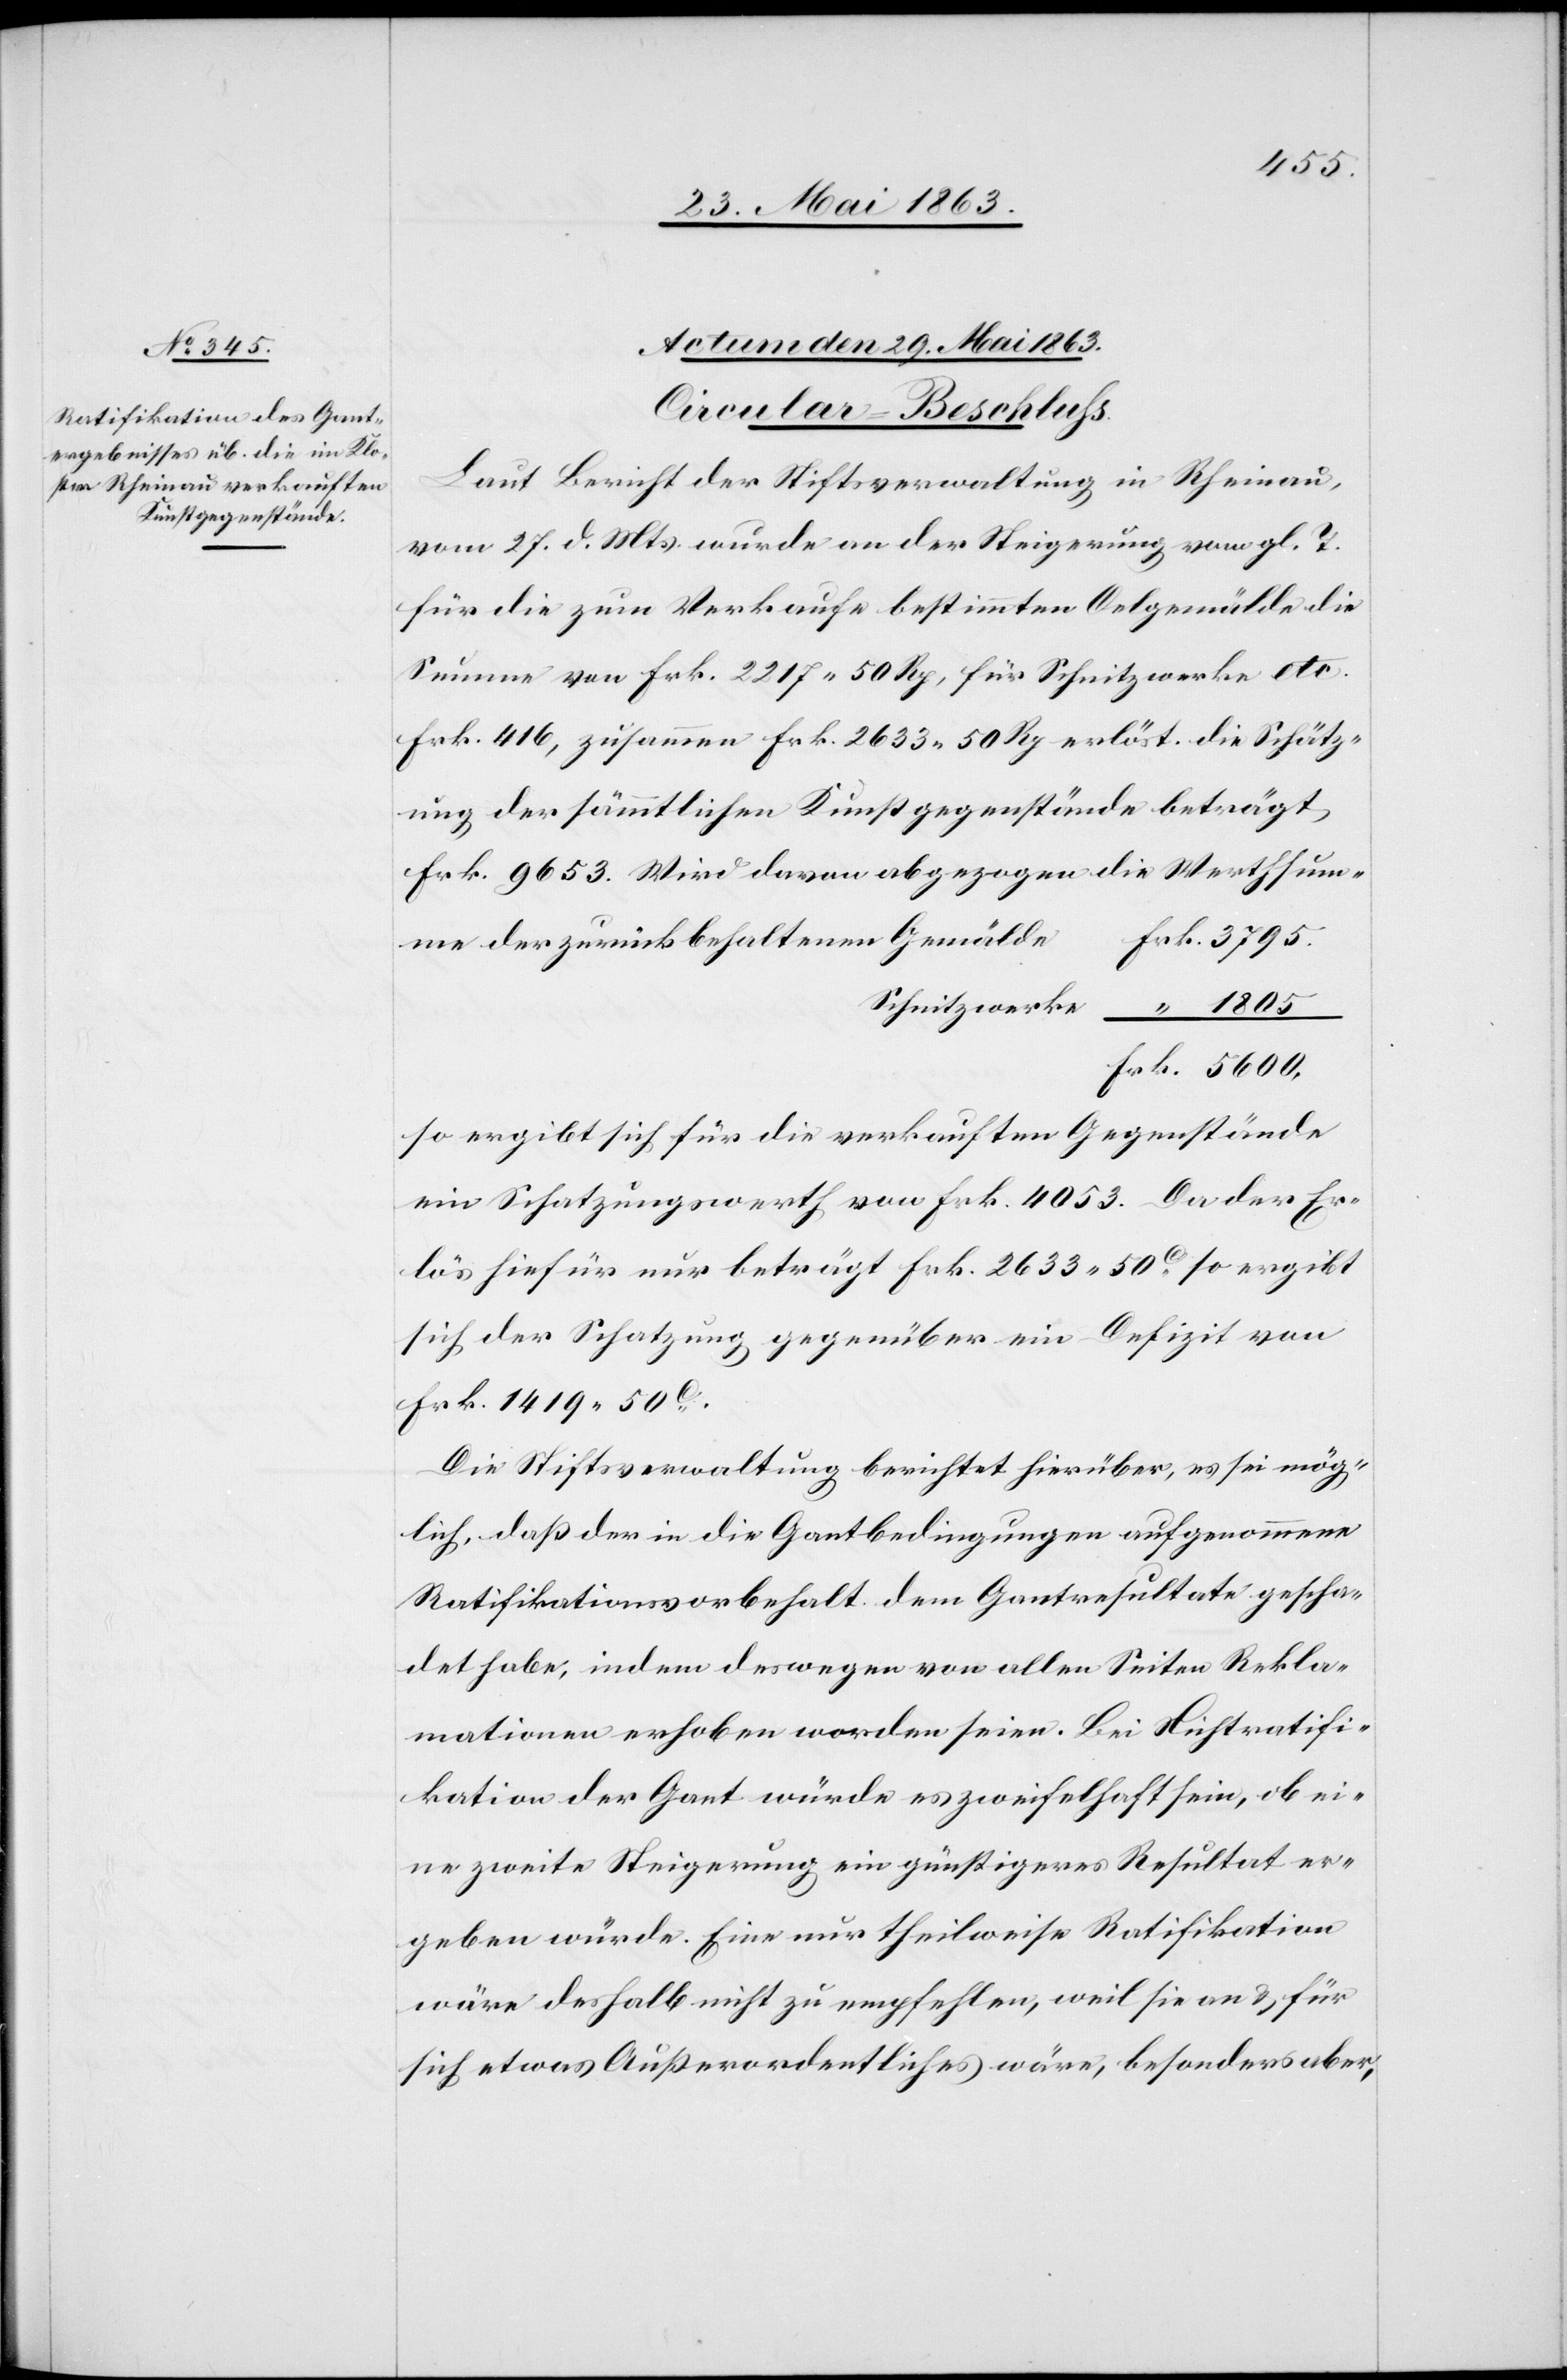
Actum den 29. Mai 1863.
Circular-Beschluß.
Laut Bericht der Stiftsverwaltung in Rheinau,
vom 27. d. Mts. wurde an der Steigerung vom gl. T.
für die zum Verkaufe bestimmten Oelgemälde die
Summe von Frk. 2217. 50 Rp, für Schnitzwerke etc.
Frk. 416, zusammen Frk. 2633. 50 Rp erlöst. Die Schätz¬
ung der sämmtlichen Kunstgegenstände beträgt
Frk. 9653. Wird davon abgezogen die Werthsum¬
e	Frk. 3795.
me der zurück behaltenen Gemäld¬
Schnitzwerke	 “	 1805
Frk. 5600,
so ergibt sich für die verkauften Gegenstände
ein Schatzungswerth von Frk. 4053. Da der Er¬
lös hiefür nur beträgt Frk. 2633. 50c so ergibt
sich der Schatzung gegenüber ein Defizit von
Frk. 1419. 50c.
Die Stiftsverwaltung berichtet hierüber, es sei mög¬
lich, daß der in die Gantbedingungen aufgenommene
Ratifikationsvorbehalt dem Gantresultate gescha¬
det habe, indem deswegen von allen Seiten Rekla¬
mationen erhoben worden seien. Bei Nichtratifi¬
kation der Gant würde es zweifelhaft sein, ob ei¬
ne zweite Steigerung ein günstigeres Resultat er¬
heben würde. Eine nur theilweise Ratifikation
wäre deshalb nicht zu empfehlen, weil sie an & für
sich etwas Außerordentliches wäre, besonders aber,